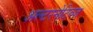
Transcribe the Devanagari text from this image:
अल्टरनेटिव्ज